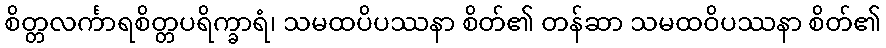
စိတ္တလင်္ကာရစိတ္တပရိက္ခာရံ၊ သမထပိပဿနာ စိတ်၏ တန်ဆာ သမထဝိပဿနာ စိတ်၏